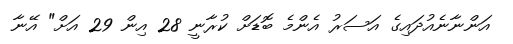
އަންނާނެއުދައިގެ އަސަރު އެންމެ ބޮޑަށް ކުރާނީ 28 އިން 29 އަށް" އޭނާ